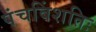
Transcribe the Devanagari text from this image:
पंचविंशतिः